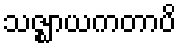
သဇ္ဈာယကတာပိ